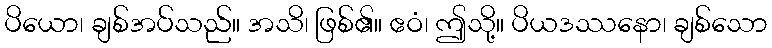
ပိယော၊ ချစ်အပ်သည်။ အသိ၊ ဖြစ်၏။ ဧဝံ၊ ဤသို့။ ပိယဒဿနော၊ ချစ်သော